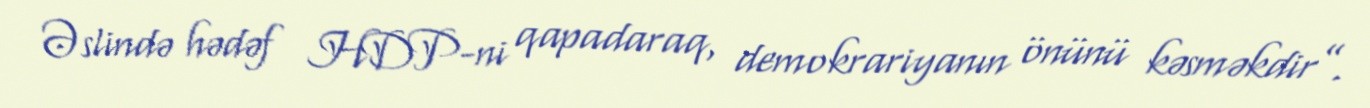
Əslində hədəf HDP-ni qapadaraq, demokrariyanın önünü kəsməkdir”.